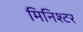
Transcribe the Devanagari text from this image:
मिनिश्टर